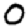
Digit: 0